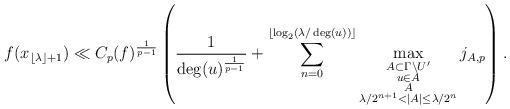
LaTeX: \begin{align*}f(x_{\lfloor\lambda\rfloor+1})\ll C_p(f)^{\frac{1}{p-1}}\left(\frac{1}{\deg(u)^{\frac{1}{p-1}}}+\sum_{n=0}^{\lfloor\log_2(\lambda/\deg(u))\rfloor}\max_{\substack{A\subset\Gamma\setminus U'\\u\in A\\A\\\lambda/2^{n+1}<|A|\le\lambda/2^n}}j_{A,p}\right).\end{align*}